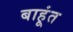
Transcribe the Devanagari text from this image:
बाहूंत